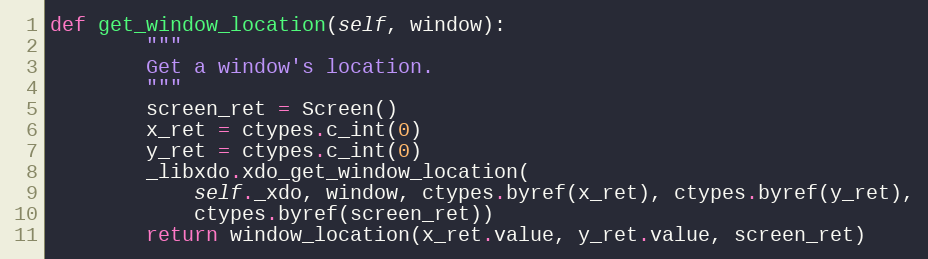
Language: Python
def get_window_location(self, window):
        """
        Get a window's location.
        """
        screen_ret = Screen()
        x_ret = ctypes.c_int(0)
        y_ret = ctypes.c_int(0)
        _libxdo.xdo_get_window_location(
            self._xdo, window, ctypes.byref(x_ret), ctypes.byref(y_ret),
            ctypes.byref(screen_ret))
        return window_location(x_ret.value, y_ret.value, screen_ret)